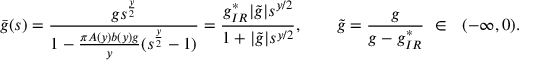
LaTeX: \bar { g } ( s ) = \frac { g s ^ { \frac { y } { 2 } } } { 1 - \frac { \pi A ( y ) b ( y ) g } { y } ( s ^ { \frac { y } { 2 } } - 1 ) } = \frac { g _ { I R } ^ { * } | \tilde { g } | s ^ { y / 2 } } { 1 + | \tilde { g } | s ^ { y / 2 } } , \ \ \ \ \ \ \tilde { g } = \frac { g } { g - g _ { I R } ^ { * } } \ \in \ \ ( - \infty , 0 ) .